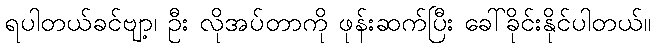
ရပါတယ်ခင်ဗျာ့၊ ဦး လိုအပ်တာကို ဖုန်းဆက်ပြီး ခေါ်ခိုင်းနိုင်ပါတယ်။